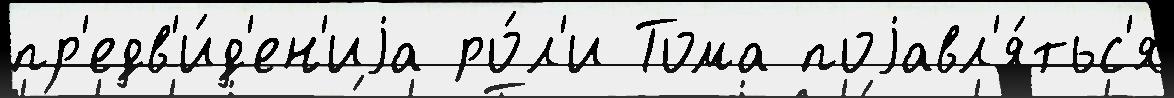
пр'едв'и́д'ен'иjа ро́л'и Тома поjавл'я́тьс'я